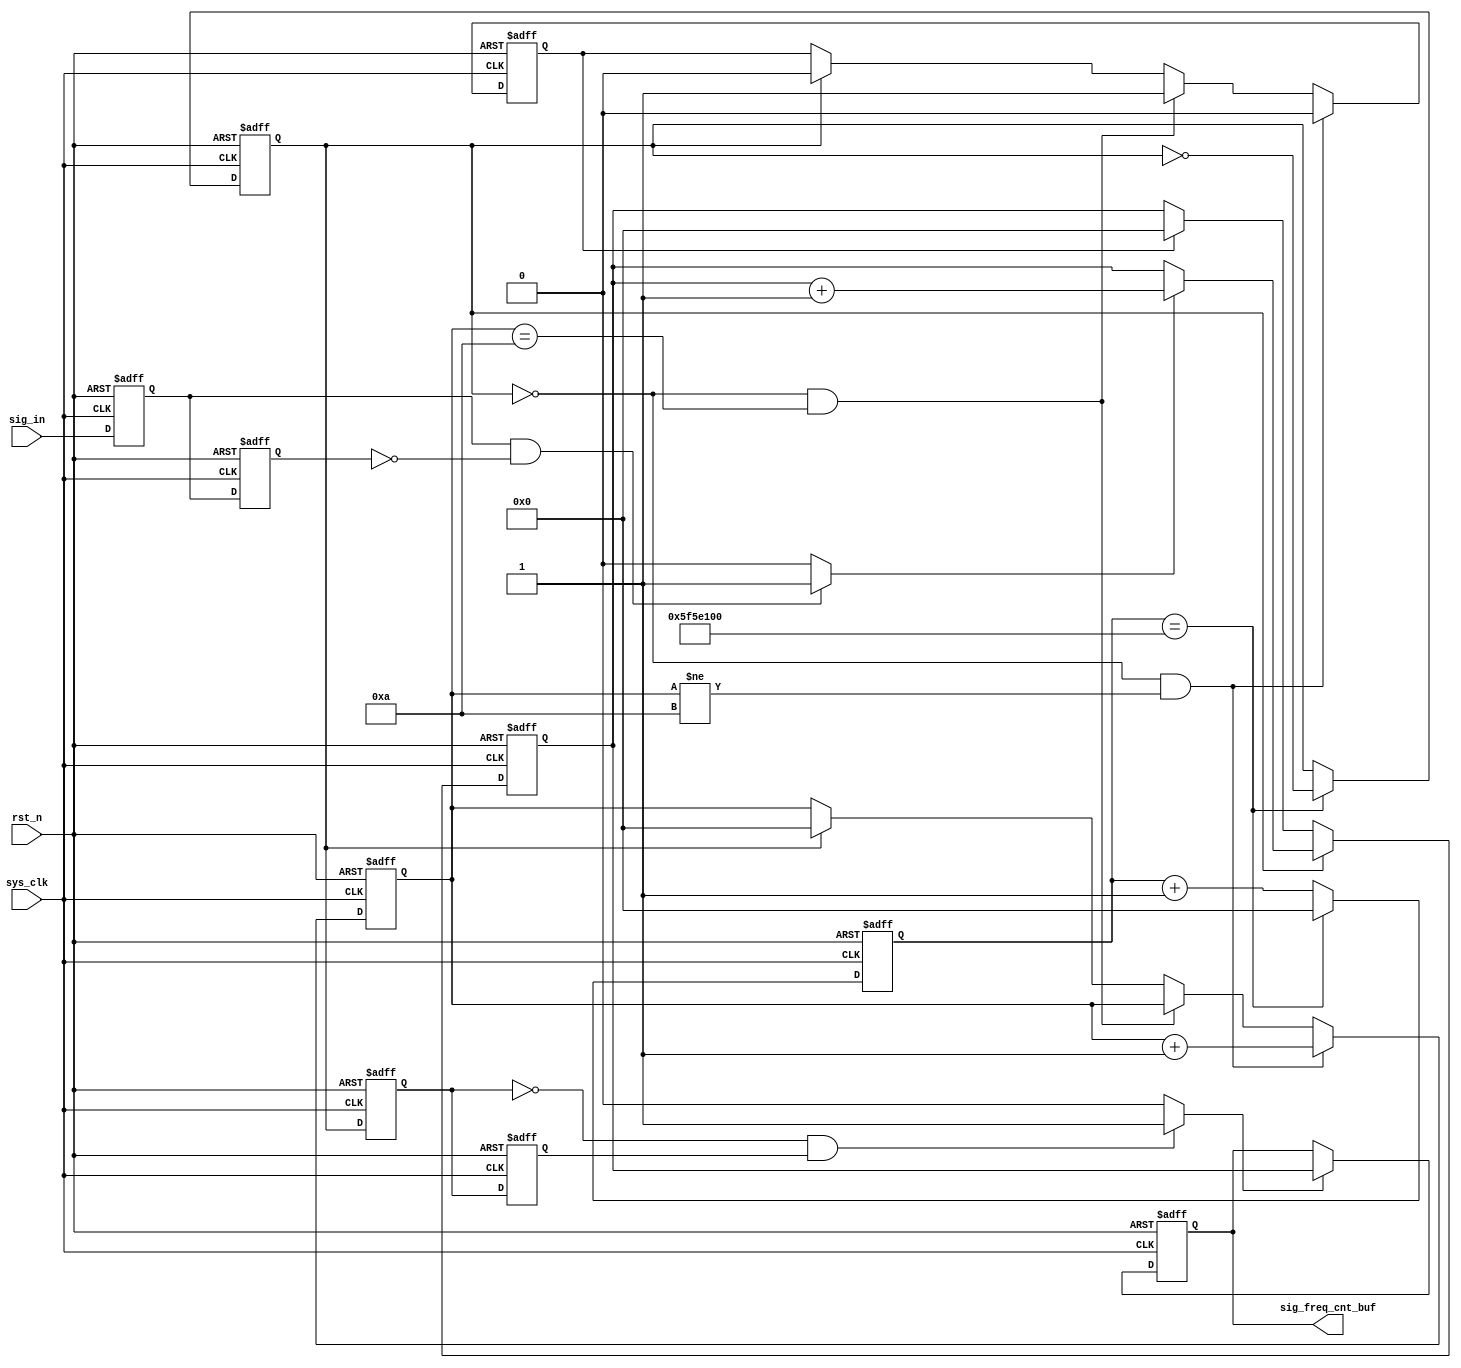

`timescale 1ns / 1ps
//////////////////////////////////////////////////////////////////////////////////
// Company: 
// Engineer: 
// 
// Design Name: 
// Module Name: freq_counter2
// Project Name: 
// Target Devices: 
// Tool Versions: 
// Description: 
// 
// Dependencies: 
// 
// Revision:
// Revision 0.01 - File Created
// Additional Comments:
// 
//////////////////////////////////////////////////////////////////////////////////


module FREQ_counter (
	input wire sys_clk,
	input wire rst_n,
	input wire sig_in,
	output reg [31:0] sig_freq_cnt_buf
//	output ref_clk_1_2Hz,
//	output ref_clk_1_2Hz_pos_detect,
//	output ref_clk_1_2Hz_neg_detect,
//	output sig_in_pos_detect_r0,
//	output sig_in_pos_detect_r1,
//	output sig_in_pos_detect
    );
    
    parameter max_clk_1_2Hz_cnt = 100_000_000;
    
    reg [31:0] clk_1_2Hz_cnt;
    reg [31:0] sig_freq_cnt;
    reg ref_clk_1_2Hz;
    
    reg sig_in_pos_detect_r0;
    reg sig_in_pos_detect_r1;
    wire sig_in_pos_detect;
    
    reg ref_clk_1_2Hz_pos_detect_r0;
    reg ref_clk_1_2Hz_pos_detect_r1;
    wire ref_clk_1_2Hz_pos_detect;
    wire ref_clk_1_2Hz_neg_detect;
    
    reg buffer_done;
    reg [31:0] buffer_done_cnt;
    initial begin
    	clk_1_2Hz_cnt <= 32'd0;
    	sig_freq_cnt <= 32'd0;
    	sig_freq_cnt_buf <= 32'd0;
    	ref_clk_1_2Hz <= 1'b0;
    	sig_in_pos_detect_r0 <= 1'b0;
    	sig_in_pos_detect_r1 <= 1'b0;
    	ref_clk_1_2Hz_pos_detect_r0 <= 1'b0;
    	ref_clk_1_2Hz_pos_detect_r1 <= 1'b0;
    	
    end
    
    // -- 0.5Hz clock generator
    always @ (posedge sys_clk or negedge rst_n) begin
    	if (!rst_n) begin
    		ref_clk_1_2Hz <= 1'b0;
    		clk_1_2Hz_cnt <= 32'd0;
    	end
    	else begin
    		if (clk_1_2Hz_cnt == max_clk_1_2Hz_cnt) begin
    			ref_clk_1_2Hz <= ~ ref_clk_1_2Hz;
    			clk_1_2Hz_cnt <= 32'd0;
    		end
    		else clk_1_2Hz_cnt <= clk_1_2Hz_cnt + 1;
    	end
    end
    
    // -- sig_in posedge detect
    assign sig_in_pos_detect = (sig_in_pos_detect_r0 && 
                            !sig_in_pos_detect_r1) ? 1'b1: 1'b0;
    always @ (posedge sys_clk or negedge rst_n) begin
        if (!rst_n) begin
            sig_in_pos_detect_r0 <= 1'b0;
            sig_in_pos_detect_r1 <= 1'b0;
        end
        else begin
            sig_in_pos_detect_r0 <= sig_in;
            sig_in_pos_detect_r1 <= sig_in_pos_detect_r0;
        end
    end
    
    // -- ref clock 0.5Hz posedge& negedge detect
    assign ref_clk_1_2Hz_pos_detect = (ref_clk_1_2Hz_pos_detect_r0 &&
    									!ref_clk_1_2Hz_pos_detect_r1) ? 1'b1: 1'b0;
    assign ref_clk_1_2Hz_neg_detect = (!ref_clk_1_2Hz_pos_detect_r0 &&
    									ref_clk_1_2Hz_pos_detect_r1) ? 1'b1: 1'b0;    									
    always @ (posedge sys_clk or negedge rst_n) begin
    	if (!rst_n) begin
    		ref_clk_1_2Hz_pos_detect_r0 <= 1'b0;
    		ref_clk_1_2Hz_pos_detect_r1 <= 1'b0;
    	end
    	else begin
    		ref_clk_1_2Hz_pos_detect_r0 <= ref_clk_1_2Hz;
    		ref_clk_1_2Hz_pos_detect_r1 <= ref_clk_1_2Hz_pos_detect_r0;
    	end
    end
    
    // -- set synchronizing data flag
    always @ (posedge sys_clk or negedge rst_n) begin
		if (!rst_n) begin
			buffer_done <= 1'b0;
			buffer_done_cnt <= 32'd0;
		end
		else if (!ref_clk_1_2Hz && buffer_done_cnt != 10) begin
			buffer_done_cnt <= buffer_done_cnt + 1;
			buffer_done <= 1'b0;
		end
		else if (!ref_clk_1_2Hz && buffer_done_cnt == 10) begin
			buffer_done <= 1'b1;
			buffer_done_cnt <= buffer_done_cnt;
		end
		else if (ref_clk_1_2Hz) begin
			buffer_done_cnt <= 32'd0;
			buffer_done <= 1'b0;
		end
	end
	
    // -- count the paulse of sig_in 
	always @ (posedge sys_clk or negedge rst_n) begin
	    if (!rst_n) sig_freq_cnt <= 32'd0;
	    else begin
	        if (ref_clk_1_2Hz) begin
	            if (sig_in_pos_detect) sig_freq_cnt <= sig_freq_cnt + 1'b1;
	            else sig_freq_cnt <= sig_freq_cnt;
	        end
	        else if (buffer_done) sig_freq_cnt <= 32'd0;
	    end
	end
	
	// -- synchronize data
    always @ (posedge sys_clk or negedge rst_n) begin
	    if (!rst_n) begin
	        sig_freq_cnt_buf <= 32'd0;
	    end
	    else begin
	        if (ref_clk_1_2Hz_neg_detect) begin
	            sig_freq_cnt_buf <= sig_freq_cnt;
	        end
	        else begin
	            sig_freq_cnt_buf <= sig_freq_cnt_buf;
	        end
	    end
	end
    
    
endmodule